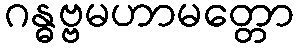
ဂန္ဓဗ္ဗမဟာမတ္တော